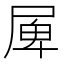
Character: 𡲎